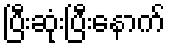
ပြီးဆုံးပြီးနောက်